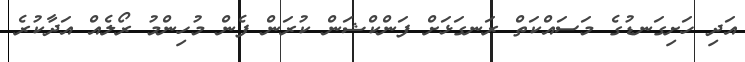
އަދި ހަށިގަނޑުގެ މަސައްކަތް ރަނގަޅަށް ފަންކްޝަން ކުރަން ފެން މުހިންމު ރޯލެއް އަދާކުރެ